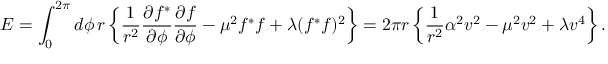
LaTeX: E = \int _ { 0 } ^ { 2 \pi } d \phi \, r \left\{ \frac { 1 } { r ^ { 2 } } \frac { \partial f ^ { * } } { \partial \phi } \frac { \partial f } { \partial \phi } - \mu ^ { 2 } f ^ { * } f + \lambda ( f ^ { * } f ) ^ { 2 } \right\} = 2 \pi r \left\{ \frac { 1 } { r ^ { 2 } } \alpha ^ { 2 } v ^ { 2 } - \mu ^ { 2 } v ^ { 2 } + \lambda v ^ { 4 } \right\} .